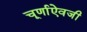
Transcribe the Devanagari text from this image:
चूर्णाऐवजी